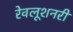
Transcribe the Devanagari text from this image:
रेवलूशनरी